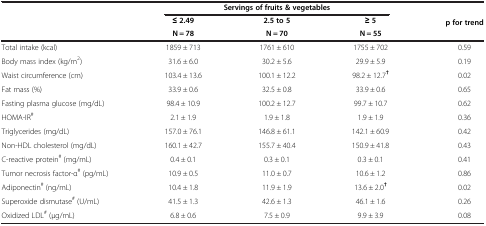
|  | <COLSPAN=3> Servings of fruits & vegetables |  |
 |  | ≤ 2.49 | 2.5 to 5 | ≥ 5 | p for trend |
 |  | N = 78 | N = 70 | N = 55 |  |
 | --- | --- | --- | --- | --- |
 | Total intake (kcal) | 1859 ± 713 | 1761 ± 610 | 1755 ± 702 | 0.59 |
 | Body mass index (kg/m2) | 31.6 ± 6.0 | 30.2 ± 5.6 | 29.9 ± 5.9 | 0.19 |
 | Waist circumference (cm) | 103.4 ± 13.6 | 100.1 ± 12.2 | 98.2 ± 12.7† | 0.02 |
 | Fat mass (%) | 33.9 ± 0.6 | 32.5 ± 0.8 | 33.9 ± 0.6 | 0.65 |
 | Fasting plasma glucose (mg/dL) | 98.4 ± 10.9 | 100.2 ± 12.7 | 99.7 ± 10.7 | 0.62 |
 | HOMA-IR# | 2.1 ± 1.9 | 1.9 ± 1.8 | 1.9 ± 1.9 | 0.36 |
 | Triglycerides (mg/dL) | 157.0 ± 76.1 | 146.8 ± 61.1 | 142.1 ± 60.9 | 0.42 |
 | Non-HDL cholesterol (mg/dL) | 160.1 ± 42.7 | 155.7 ± 40.4 | 150.9 ± 41.8 | 0.43 |
 | C-reactive protein# (mg/mL) | 0.4 ± 0.1 | 0.3 ± 0.1 | 0.3 ± 0.1 | 0.41 |
 | Tumor necrosis factor-α# (pg/mL) | 10.9 ± 0.5 | 11.0 ± 0.7 | 10.6 ± 1.2 | 0.86 |
 | Adiponectin# (ng/mL) | 10.4 ± 1.8 | 11.9 ± 1.9 | 13.6 ± 2.0† | 0.02 |
 | Superoxide dismutase# (U/mL) | 41.5 ± 1.3 | 42.6 ± 1.3 | 46.1 ± 1.6 | 0.26 |
 | Oxidized LDL# (μg/mL) | 6.8 ± 0.6 | 7.5 ± 0.9 | 9.9 ± 3.9 | 0.08 |